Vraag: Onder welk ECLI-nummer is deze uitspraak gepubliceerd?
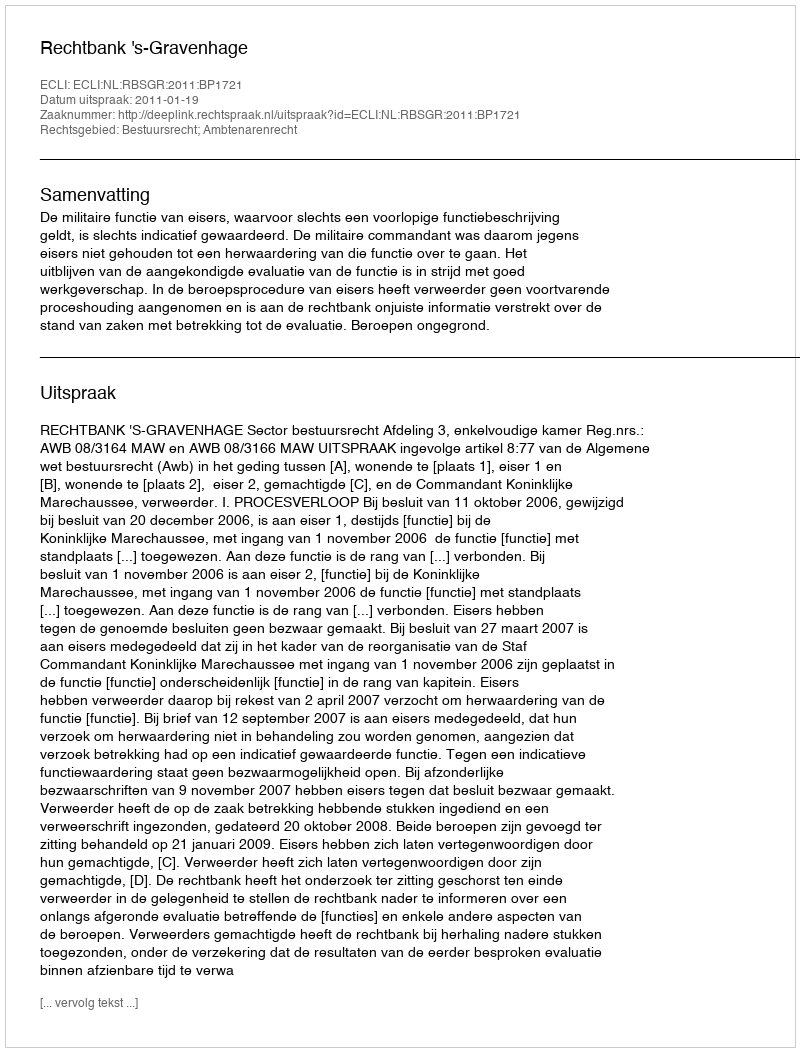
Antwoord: ECLI:NL:RBSGR:2011:BP1721